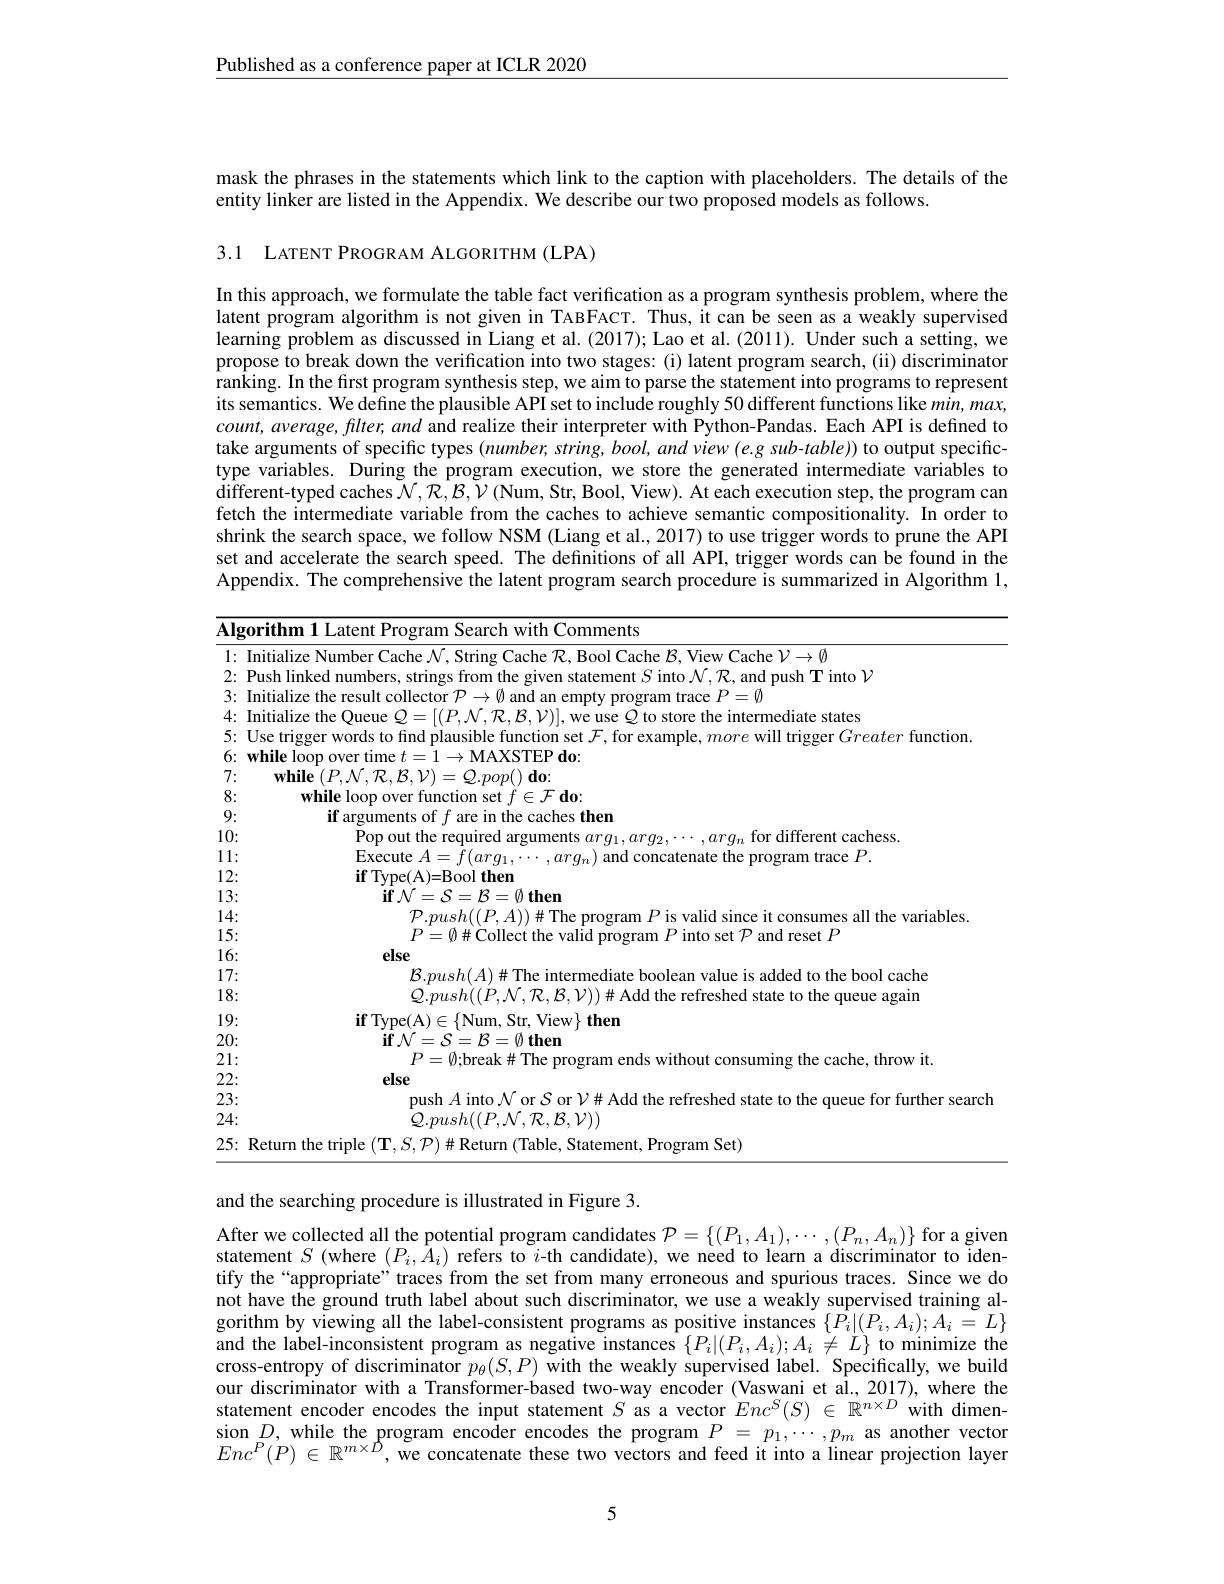
$\underline{\text{Published as a conference paper at ICLR 2020}}$

mask the phrases in the statements which link to the caption with placeholders. The details of the
entity linker are listed in the Appendix. We describe our two proposed models as follows.

3.1 LATENT PROGRAM ALGORITHM (LPA)

In this approach, we formulate the table fact verification as a program synthesis problem, where the latent program algorithm is not given in TABFACT. Thus, it can be seen as a weakly supervised learning problem as discussed in Liang et al. (2017); Lao et al. (2011). Under such a setting, we propose to break down the verification into two stages: (i) latent program search, (ii) discriminator ranking. In the first program synthesis step, we aim to parse the statement into programs to represent its semantics. We define the plausible API set to include roughly 50 different functions like $min,max$, $count,average,flter,and$ and realize their interpreter with Python-Pandas. Each API is defined to take arguments of specific types $(number,string,bool,andview(e.gsub-table))$ to output specifictype variables. During the program execution, we store the generated intermediate variables to different- typed caches$\mathcal{N} , \mathcal{R} , \mathcal{B} , \mathcal{V} \left ( \mathrm{Num, ~Str, ~Bool, ~View}\right ) .$ At each execution step, the program can fetch the intermediate variable from the caches to achieve semantic compositionality. In order to shrink the search space, we follow NSM (Liang et al., 2017) to use trigger words to prune the API set and accelerate the search speed. The definitions of all API, trigger words can be found in the Appendix. The comprehensive the latent program search procedure is summarized in Algorithm 1,

<table>
	<tbody>
		<tr>
			<td>$\overline{\mathbf{lg}}$</td>
			<td>ithm 1 Latent Program n Search with Comments</td>
		</tr>
		<tr>
			<td>1 · - 1 ·</td>
			<td>{:}he$\mathcal{V}\to\emptyset$</td>
		</tr>
		<tr>
			<td>2: $r$</td>
			<td>111 Sinto $N^{\prime}k$ nd push T into </td>
		</tr>
		<tr>
			<td>3: · 1 $w$</td>
			<td>ram trace $P= 0$</td>
		</tr>
		<tr>
			<td>1. $w$ T ·</td>
			<td>$|17p$ $\cdot1111P11F$ 7. We lise to store the intermediate state</td>
		</tr>
		<tr>
			<td>5: · $w$</td>
			<td>erGreaterfunction</td>
		</tr>
		<tr>
			<td>6: $r$ -</td>
			<td>hile loop over time $t=1\to$MAXSTEP do:</td>
		</tr>
		<tr>
			<td>7: · $e$</td>
			<td>$\mathbf{while}\left(P,\mathcal{N},\mathcal{R},\mathcal{B},\mathcal{V}\right)=\mathcal{Q}.pop()\mathbf{do}:$</td>
		</tr>
		<tr>
			<td>8: 一</td>
			<td>while loop over function set $f\in \mathcal{F} \textbf{do}:$</td>
		</tr>
		<tr>
			<td>9: · 一</td>
			<td>if arguments of $f$ are in the caches then</td>
		</tr>
		<tr>
			<td>0:</td>
			<td>Pop out the required arguments $arq_1,arq_2$ $arg_{n}$ for different cachess</td>
		</tr>
		<tr>
			<td>1 $\bullet$ A</td>
			<td>Execute $A=f(ara$ and concatenate the program trace $P.$</td>
		</tr>
		<tr>
			<td>2: $\bullet$ </td>
			<td>$\mathbf{if}$Type(A)=Bool then</td>
		</tr>
		<tr>
			<td>3: $\bullet$</td>
			<td>$\mathbf{if}\mathcal{N}=\mathcal{S}=\mathcal{B}=\emptyset$ then</td>
		</tr>
		<tr>
			<td>1. $\bullet$</td>
			<td>$P.push((P,A))\#$The program $P$ is valid since it consumes all the variables</td>
		</tr>
		<tr>
			<td>6: $\bullet$ 1 1 1 1</td>
			<td>else</td>
		</tr>
		<tr>
			<td>7: $\bullet$</td>
			<td>$\{mush(A)\#$ adder the bool cache</td>
		</tr>
		<tr>
			<td>8: $\bullet$</td>
			<td>$m\iota sh/ ( P$ $N$ $T$ the queue agair</td>
		</tr>
		<tr>
			<td>0 $\bullet$</td>
			<td>$\mathbf{r}^{\prime}\mathbf{r}\mathbf{r}\mathbf{n}$ pe( A) $\in \{$Num. Str. View} then</td>
		</tr>
		<tr>
			<td>:0:</td>
			<td>$=S=\mathcal{B}=\emptyset$ then</td>
		</tr>
		<tr>
			<td>1 $\bullet$</td>
			<td>the cache. throw it</td>
		</tr>
		<tr>
			<td>.7. $\bullet$</td>
			<td>else</td>
		</tr>
		<tr>
			<td>:3: $\bullet$ </td>
			<td>er searc</td>
		</tr>
		<tr>
			<td>4: $\bullet$</td>
			<td>${\bar{Q}}.push((P,\mathcal{N},\mathcal{R},\mathcal{B},\mathcal{V}))$</td>
		</tr>
		<tr>
			<td>.5: $\bullet$ 1</td>
			<td>Program Set)</td>
		</tr>
	</tbody>
</table>

and the searching procedure is illustrated in Figure 3.

After we collected all the potential program candidates $\mathcal{P}=\{(P_1,A_1),\cdots,(P_n,A_n)\}$ for a given statement $S$ (where $(P_i,A_i)$ refers to $i$-th candidate), we need to learn a discriminator to identify the “appropriate”traces from the set from many erroneous and spurious traces. Since we do not have the ground truth label about such discriminator, we use a weakly supervised training algorithm by viewing all the label-consistent programs as positive instances $\{\hat{P_i}|(P_i,A_i);A_i=L\}$ and the label-inconsistent program as negative instances $\{P_i|(P_i,A_i);A_i\neq L\}$ to minimize the cross-entropy of discriminator $p_\theta(S,P)$ with the weakly supervised label. Specifically, we build our discriminator with a Transformer-based two-way encoder (Vaswani et al., 2017), where the statement encoder encodes the input statement $S$ as a vector $Enc^S(S)\in\mathbb{R}^{n\times D}$ with dimen- $\begin{array}{l}\mathrm{sion~}D,\mathrm{~while~the~program~encoder~encodes~the~program~}P&=&p_{1},\cdots,p_{m}\text{ as another vector}\\Enc^{P}(P)\in\mathbb{R}^{m\times D},\mathrm{~we~concatenate~these~two~vectors~and~feed~it~into~a~linear~projection~layer}\end{array}$

5